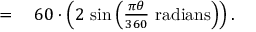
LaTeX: \begin{array} { r l } { = { } } & { { } 6 0 \cdot \left( 2 \, \sin \left( { \frac { \pi \theta } { 3 6 0 } } { \mathrm { ~ r a d i a n s } } \right) \right) . } \end{array}